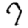
Digit: 7